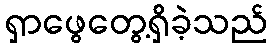
ရှာဖွေတွေ့ရှိခဲ့သည်